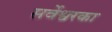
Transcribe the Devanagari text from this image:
सर्वेश्वरका